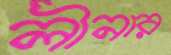
লীনার